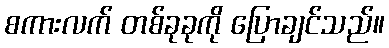
စကားလက် တစ်ခုခုကို ပြောချင်သည်။